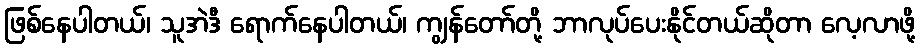
ဖြစ်နေပါတယ်၊ သူအဲဒီ ရောက်နေပါတယ်၊ ကျွန်တော်တို့ ဘာလုပ်ပေးနိုင်တယ်ဆိုတာ လေ့လာဖို့